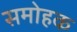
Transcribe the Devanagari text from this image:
समोहक